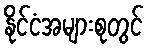
နိုင်ငံအများစုတွင်